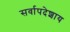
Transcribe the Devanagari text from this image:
सर्वापदेशाय